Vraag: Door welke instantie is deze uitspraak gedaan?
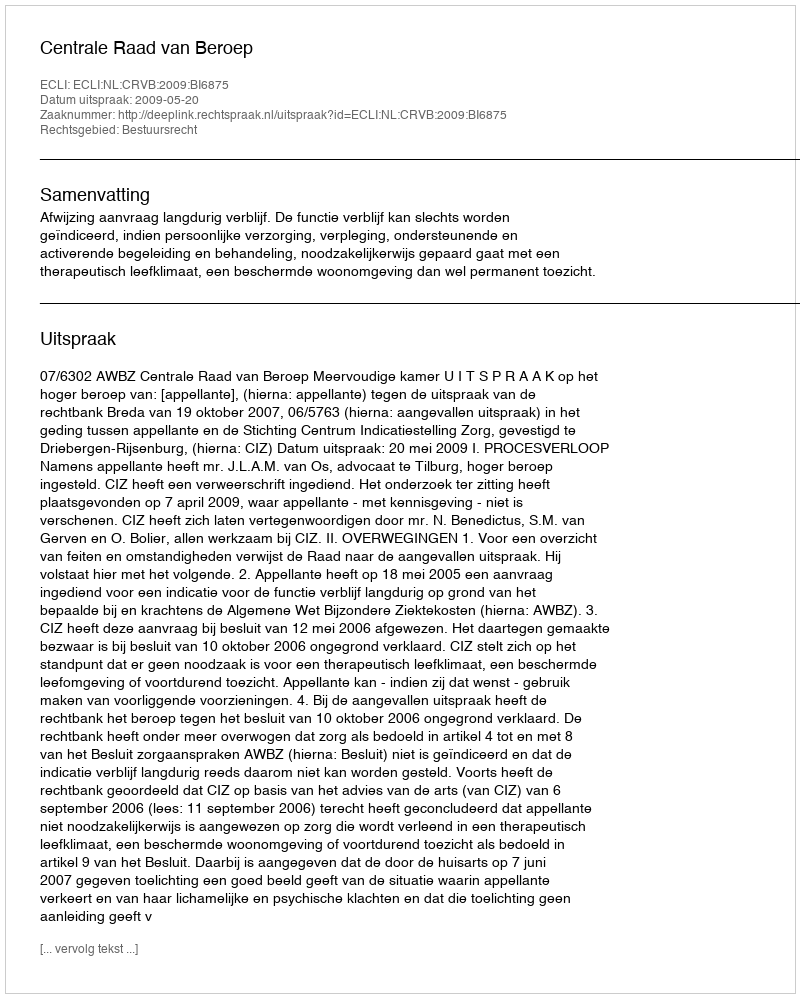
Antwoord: Centrale Raad van Beroep